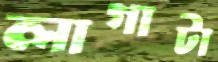
লাগাটা